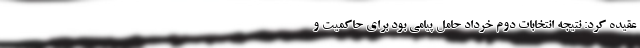
عقیده کرد: نتیجه انتخابات دوم خرداد حامل پیامی بود برای حاکمیت و